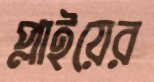
প্লাইয়ের